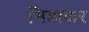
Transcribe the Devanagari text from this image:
भिडाकर